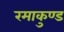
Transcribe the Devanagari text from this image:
रमाकुण्ड